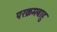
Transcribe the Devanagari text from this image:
परक्रमबाहु